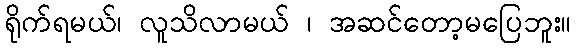
ရိုက်ရမယ်၊ လူသိလာမယ် ၊ အဆင်တော့မပြေဘူး။